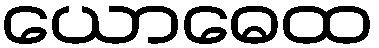
ယောဓေထ